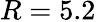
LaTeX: R=5.2